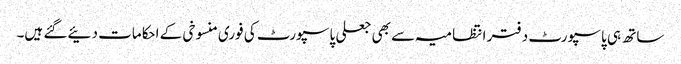
ساتھ ہی پاسپورٹ دفتر انتظامیہ سے بھی جعلی پاسپورٹ کی فوری منسوخی کے احکامات دئیے گئے ہیں۔